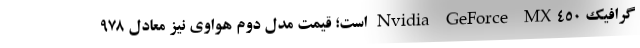
گرافیک Nvidia GeForce MX450 است؛ قیمت مدل دوم هواوی نیز معادل 978